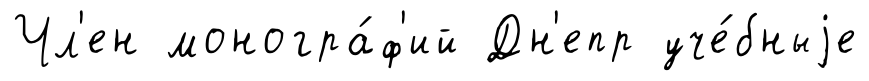
Чл'ен моногра́ф'ий Дн'епр уче́бныjе